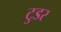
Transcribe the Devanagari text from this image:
टुडर